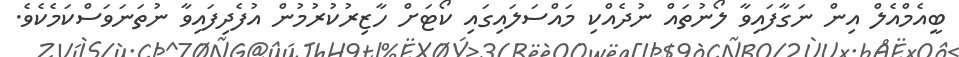
ބީއެމްއެލް އިން ނަގާފައިވާ ލޯނުތައް ނުދެއްކި މައްސަލައިގައި ކޯޓަށް ހާޒިރުކުރުމުން އުފެދިފައިވާ ނުތަނަވަސްކަމެކެވެ.